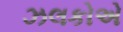
ઝલકોએ